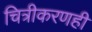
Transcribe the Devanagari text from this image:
चित्रीकरणही